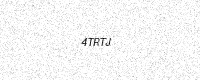
Text: 4TRTJ